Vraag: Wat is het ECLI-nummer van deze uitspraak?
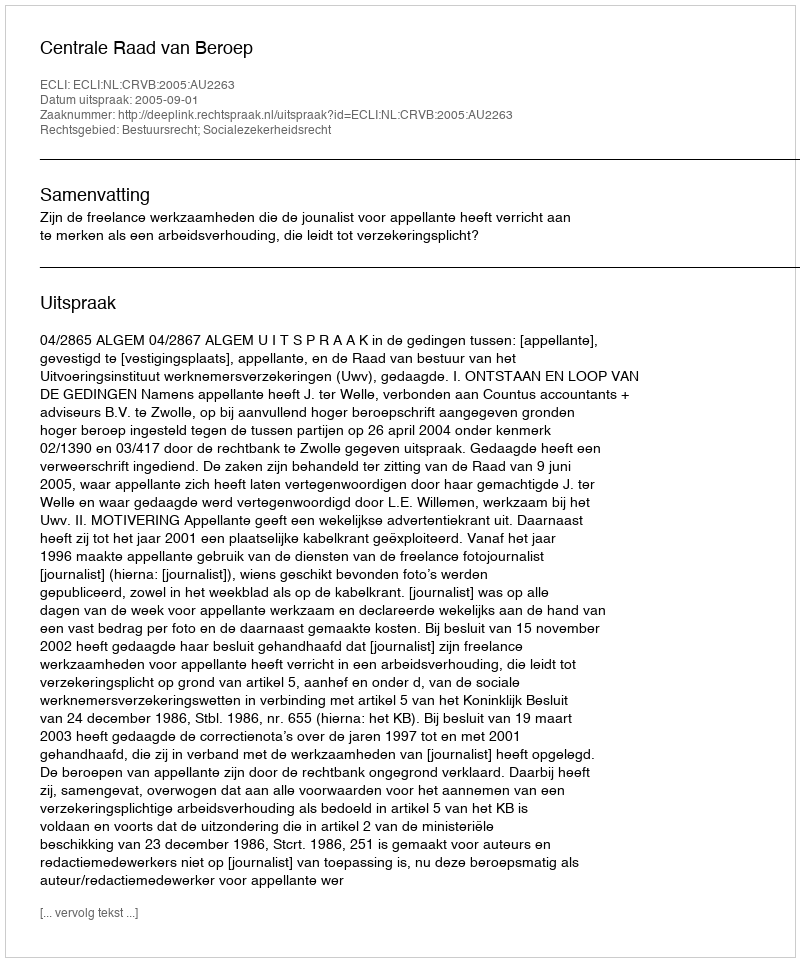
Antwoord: ECLI:NL:CRVB:2005:AU2263